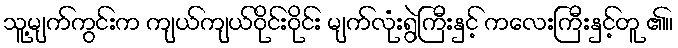
သူ့မျက်ကွင်းက ကျယ်ကျယ်ဝိုင်းဝိုင်း မျက်လုံးရွဲကြီးနှင့် ကလေးကြီးနှင့်တူ ၏။